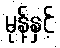
မုန့်နှင့်